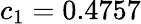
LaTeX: c_{1}=0.4757